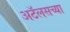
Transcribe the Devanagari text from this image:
अटॅलसच्या